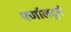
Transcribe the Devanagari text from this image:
पर्णालदुर्ग